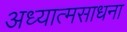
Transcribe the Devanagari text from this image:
अध्यात्मसाधना